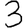
Digit: 3